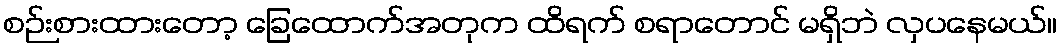
စဉ်းစားထားတော့ ခြေထောက်အတုက ထိရက် စရာတောင် မရှိဘဲ လှပနေမယ်။